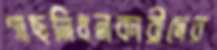
গাছনিধনকারীদের